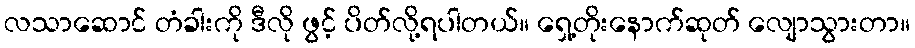
လသာဆောင် တံခါးကို ဒီလို ဖွင့် ပိတ်လို့ရပါတယ်။ ရှေ့တိုးနောက်ဆုတ် လျောသွားတာ။